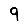
Digit: 9